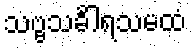
သဗ္ဗသင်္ခါရသမထံ